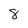
Character: 8